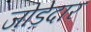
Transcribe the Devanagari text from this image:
जोड़ेदार